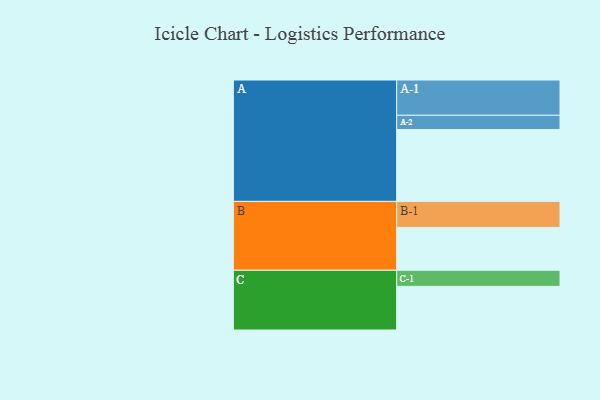
{"axis": {"x": "Segment", "y": "Value"}, "legend": ["", "A", "B", "C"], "data": [{"x": "A", "y": 588, "type": ""}, {"x": "B", "y": 351, "type": ""}, {"x": "C", "y": 357, "type": ""}, {"x": "A-1", "y": 289, "type": "A"}, {"x": "A-2", "y": 117, "type": "A"}, {"x": "B-1", "y": 213, "type": "B"}, {"x": "C-1", "y": 132, "type": "C"}]}